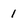
Character: 1